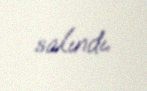
salındı.